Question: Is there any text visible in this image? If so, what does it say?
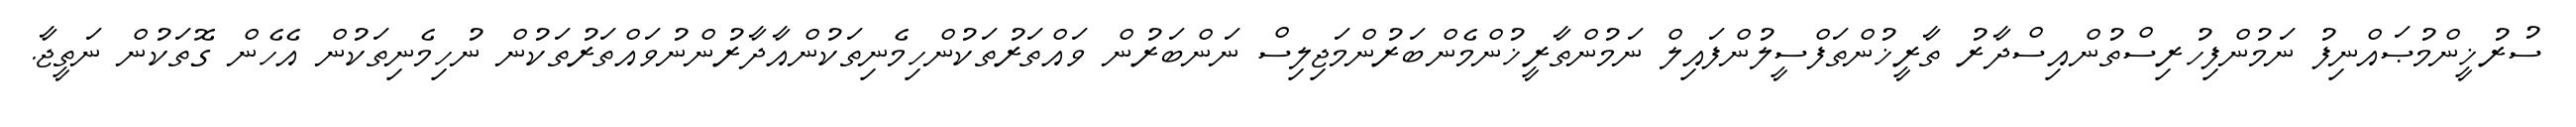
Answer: ސުރުޚީންމުޞައްނިފު ނަމުންފިހުރިސްތުންއިސްދާރު ތާރީޚުންތަފްސީލުންފައިލް ނަމުންތާރީޚުންމެންބަރުންމަޖިލިސް ނަންބަރުން ވައްތަރުތަކުންހިމެނިތަކުންއާދާރުންނުވައްތަރުތަކުން ނުހިމެނިތަކުން އެހެން ގޮތަކުން ނަތީޖާ.